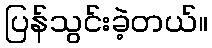
ပြန်သွင်းခဲ့တယ်။